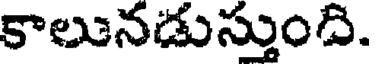
కాలునడుస్తుంది.